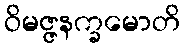
ဝိမဇ္ဇနက္ခမောတိ